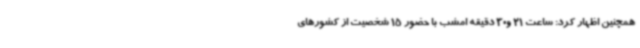
همچنین اظهار کرد: ساعت 21 و30 دقیقه امشب با حضور 15 شخصیت از کشورهای